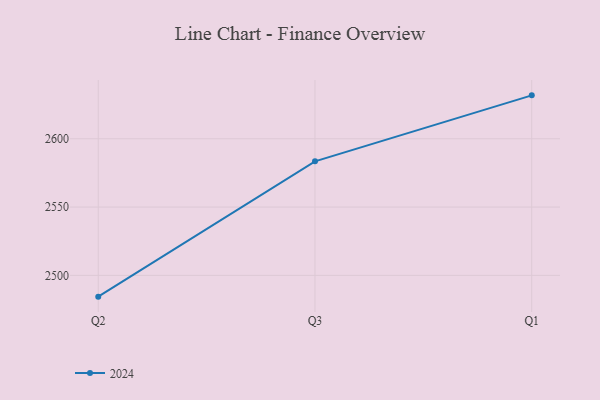
{"axis": {"x": "Quarter", "y": "Website Visitors"}, "legend": ["2024"], "data": [{"x": "Q2", "y": 2484.4, "type": "2024"}, {"x": "Q3", "y": 2583.5, "type": "2024"}, {"x": "Q1", "y": 2631.8, "type": "2024"}]}